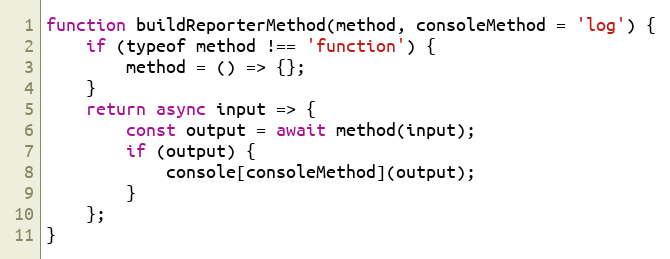
Language: JavaScript
function buildReporterMethod(method, consoleMethod = 'log') {
	if (typeof method !== 'function') {
		method = () => {};
	}
	return async input => {
		const output = await method(input);
		if (output) {
			console[consoleMethod](output);
		}
	};
}